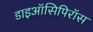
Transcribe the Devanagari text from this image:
डाइऑसिपिरॉस